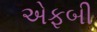
એફબી